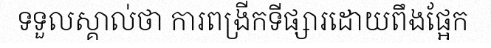
ទទួលស្គាល់ថា ការពង្រីកទីផ្សារដោយពឹងផ្អែក